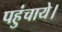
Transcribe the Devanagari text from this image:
पहुंचाये।